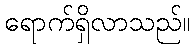
ရောက်ရှိလာသည်။